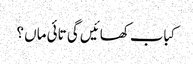
کباب کھائیں گی تائی ماں ؟